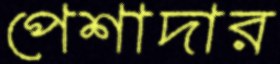
পেশাদার